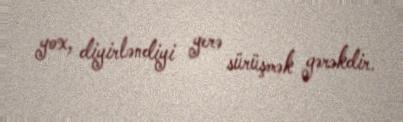
yox, diyirləndiyi yerə sürüşmək gərəkdir.